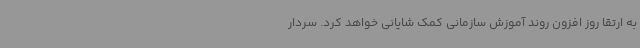
به ارتقا روز افزون روند آموزش سازمانی کمک شایانی خواهد کرد. سردار